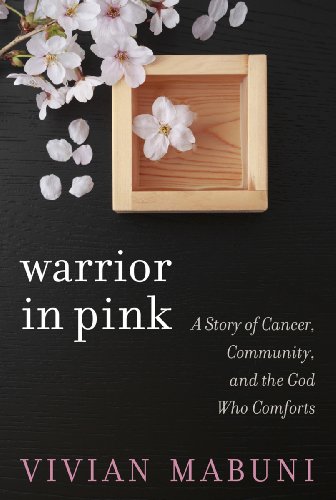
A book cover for Warrior in Pink: A Story of Cancer, Community, and the God Who Comforts; Vivian Mabuni; Health, Fitness & Dieting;